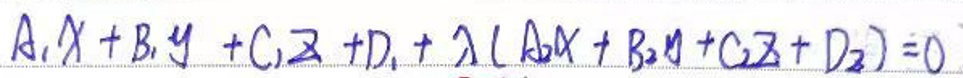
\[A_1x + B_1y + C_1z + D_1 + \lambda(A_2x + B_2y + C_2z + D_2)=0\]